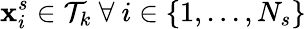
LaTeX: \mathbf{x}_{i}^{s}\in\mathcal T_{k}\ \forall\ i\in\{ 1,...,N_{s}\}